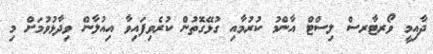
ދާއިމީ ވޯރޓާރސް ލިސްޓް އާންމު ކުރުމާއި ގުޅޭގޮތުން ކުރެވިފައިވާ އިއުލާން ވިދާޅުވުމަށް މި